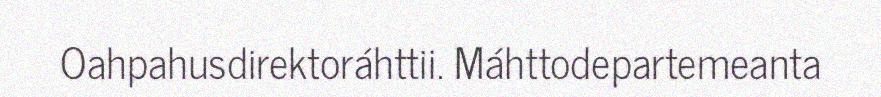
Oahpahusdirektoráhttii. Máhttodepartemeanta